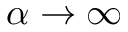
\alpha \to \infty